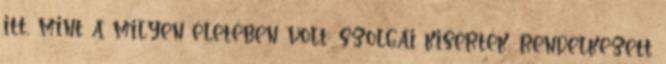
itt, mint a milyen életében volt: szolgái kisérték, rendelkezett